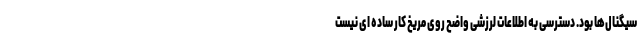
سیگنال‌ها بود. دسترسی به اطلاعات لرزشی واضح روی مریخ کار ساده ای نیست